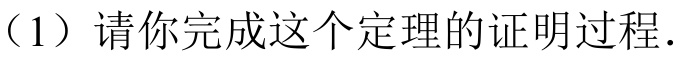
（1）请你完成这个定理的证明过程.